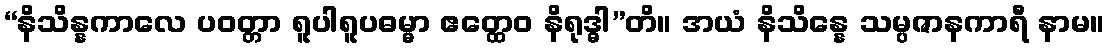
“နိသိန္နကာလေ ပဝတ္တာ ရူပါရူပဓမ္မာ ဧတ္ထေဝ နိရုဒ္ဓါ”တိ။ အယံ နိသိန္နေ သမ္ပဇာနကာရီ နာမ။